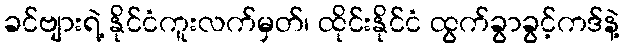
ခင်ဗျားရဲ့ နိုင်ငံကူးလက်မှတ်၊ ထိုင်းနိုင်ငံ ထွက်ခွာခွင့်ကဒ်နဲ့